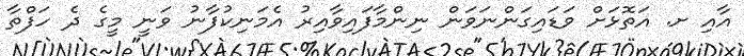
އާއި ށ. އަތޮޅަށް ވަޑައިގަންނަވަން ނިންމާފައިވާއިރު އެމަނިކުފާނު ވަނީ މީގެ ދެ ހަފްތާ